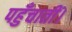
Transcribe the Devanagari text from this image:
पहुँचातीं।